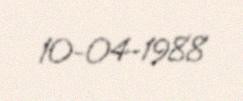
10-04-1988